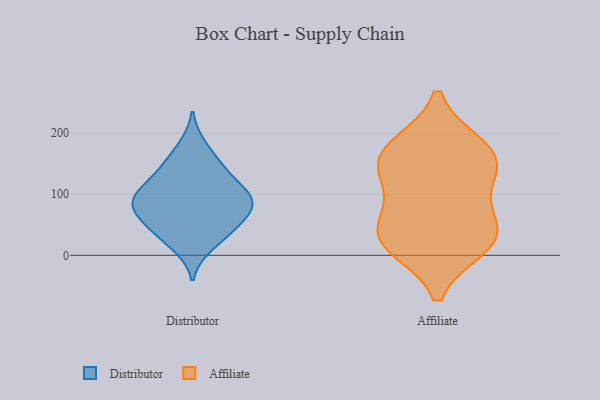
{"axis": {"x": "Active Users", "y": "Value"}, "legend": ["Affiliate", "Distributor"], "data": [{"x": "", "y": 149, "type": "Distributor"}, {"x": "", "y": 70, "type": "Distributor"}, {"x": "", "y": 89, "type": "Distributor"}, {"x": "", "y": 74, "type": "Distributor"}, {"x": "", "y": 104, "type": "Distributor"}, {"x": "", "y": 143, "type": "Distributor"}, {"x": "", "y": 47, "type": "Distributor"}, {"x": "", "y": 98, "type": "Distributor"}, {"x": "", "y": 47, "type": "Distributor"}, {"x": "", "y": 97, "type": "Distributor"}, {"x": "", "y": 14, "type": "Distributor"}, {"x": "", "y": 65, "type": "Distributor"}, {"x": "", "y": 97, "type": "Distributor"}, {"x": "", "y": 129, "type": "Distributor"}, {"x": "", "y": 180, "type": "Distributor"}, {"x": "", "y": 28, "type": "Distributor"}, {"x": "", "y": 124, "type": "Affiliate"}, {"x": "", "y": 15, "type": "Affiliate"}, {"x": "", "y": 27, "type": "Affiliate"}, {"x": "", "y": 69, "type": "Affiliate"}, {"x": "", "y": 143, "type": "Affiliate"}, {"x": "", "y": 152, "type": "Affiliate"}, {"x": "", "y": 45, "type": "Affiliate"}, {"x": "", "y": 176, "type": "Affiliate"}, {"x": "", "y": 21, "type": "Affiliate"}, {"x": "", "y": 179, "type": "Affiliate"}]}